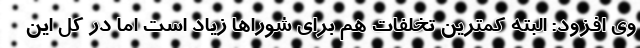
وی افزود: البته کمترین تخلفات هم برای شوراها زیاد است اما در کل این